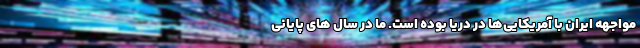
مواجهه ایران با آمریکایی‌ها در دریا بوده است. ما در سال های پایانی